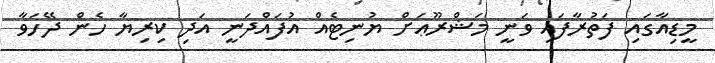
މީޑިއާގައި ފަތުރާފައި ވަނީ މަޝްރޫޢަށް ޔުނިޓެއް އުފައްދަނީ އަދި ކިރިޔާ ހެން ދޭހަވާ